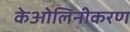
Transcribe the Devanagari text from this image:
केओलिनीकरण